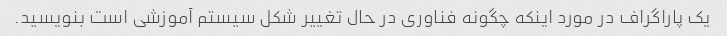
یک پاراگراف در مورد اینکه چگونه فناوری در حال تغییر شکل سیستم آموزشی است بنویسید.